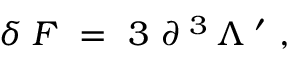
\delta \; { \cal F } \ = \ 3 \ \partial ^ { \; 3 } \, \Lambda ^ { \; \prime } \ ,